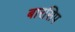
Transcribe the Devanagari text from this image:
बारसिप